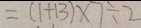
= ( 1 + 1 3 ) \times 7 \div 2